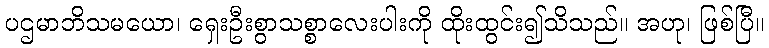
ပဌမာဘိသမယော၊ ရှေးဦးစွာသစ္စာလေးပါးကို ထိုးထွင်း၍သိသည်။ အဟု၊ ဖြစ်ပြီ။